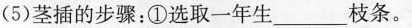
(5)茎插的步骤：①选取一年生_____枝条。